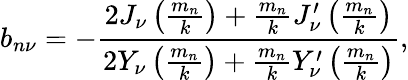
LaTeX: b_{n\nu}=-\frac{2J_{\nu}\left(\frac{m_{n}}{k}\right)+\frac{m_{n}}{k}J_{\nu}^{\prime}\left(\frac{m_{n}}{k}\right)}{2Y_{\nu}\left(\frac{m_{n}}{k}\right)+\frac{m_{n}}{k}Y_{\nu}^{\prime}\left(\frac{m_{n}}{k}\right)},